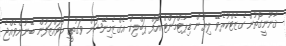
ޤާނޫނީގޮތުން ގެޒެޓްކުރެވޭ ލިޔުން ޑިޕާޓްމަންޓް އޮފް ޕަބްލިކް އެގްޒެމިނޭޝަން ވަގުތީ މުވައްޒަފުން ބޭނުންވެއްޖެ